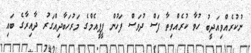
ނުކުރެއްވިއަދީބު ހުވާ ކުރެއްވިތާ ފަސް ދުވަސް ފަހުން ޕީޕީއެމްގެ މަރުހަބާދިއްގަރު ދާއިރާގެ ބައި